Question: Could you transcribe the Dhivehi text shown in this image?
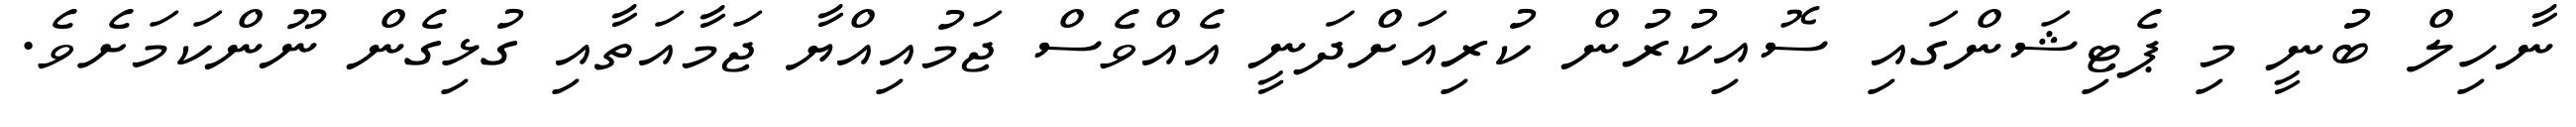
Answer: ނާހިލް ބުނީ މި ޕެޓިޝަންގައި ސޮއިކުރުން ކުރިއަށްދަނީ އެއްވެސް ޖަމުއިއްޔާ ޖަމާއަތާއި ގުޅިގެން ނޫންކަމަށެވެ.